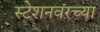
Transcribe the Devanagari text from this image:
स्टेशनवरच्या